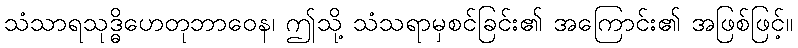
သံသာရသုဒ္ဓိဟေတုဘာဝေန၊ ဤသို့ သံသရာမှစင်ခြင်း၏ အကြောင်း၏ အဖြစ်ဖြင့်။